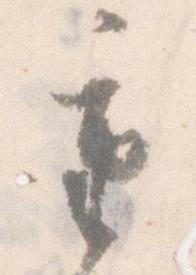
重